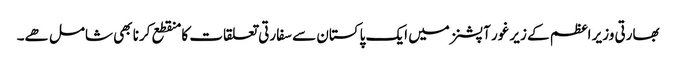
بھارتی وزیر اعظم کے زیر غور آپشنز میں ایک پاکستان سے سفارتی تعلقات کا منقطع کرنا بھی شامل ھے۔